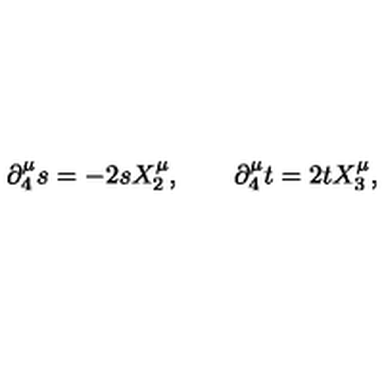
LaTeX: \partial _ { 4 } ^ { \mu } s = - 2 s X _ { 2 } ^ { \mu } , \qquad \partial _ { 4 } ^ { \mu } t = 2 t X _ { 3 } ^ { \mu } ,